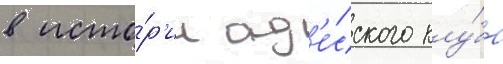
в исто́р'ии од'е́сского клу́ба